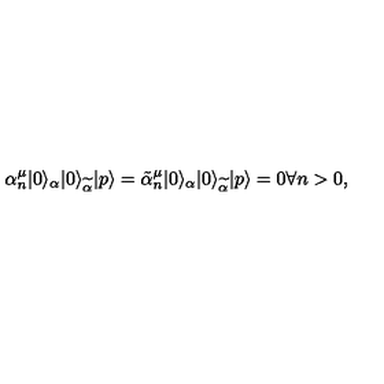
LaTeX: \alpha _ { n } ^ { \mu } | 0 \rangle _ { \alpha } | 0 \rangle _ { \widetilde \alpha } | p \rangle = \tilde { \alpha } _ { n } ^ { \mu } | 0 \rangle _ { \alpha } | 0 \rangle _ { \widetilde \alpha } | p \rangle = 0 \forall n > 0 , ~